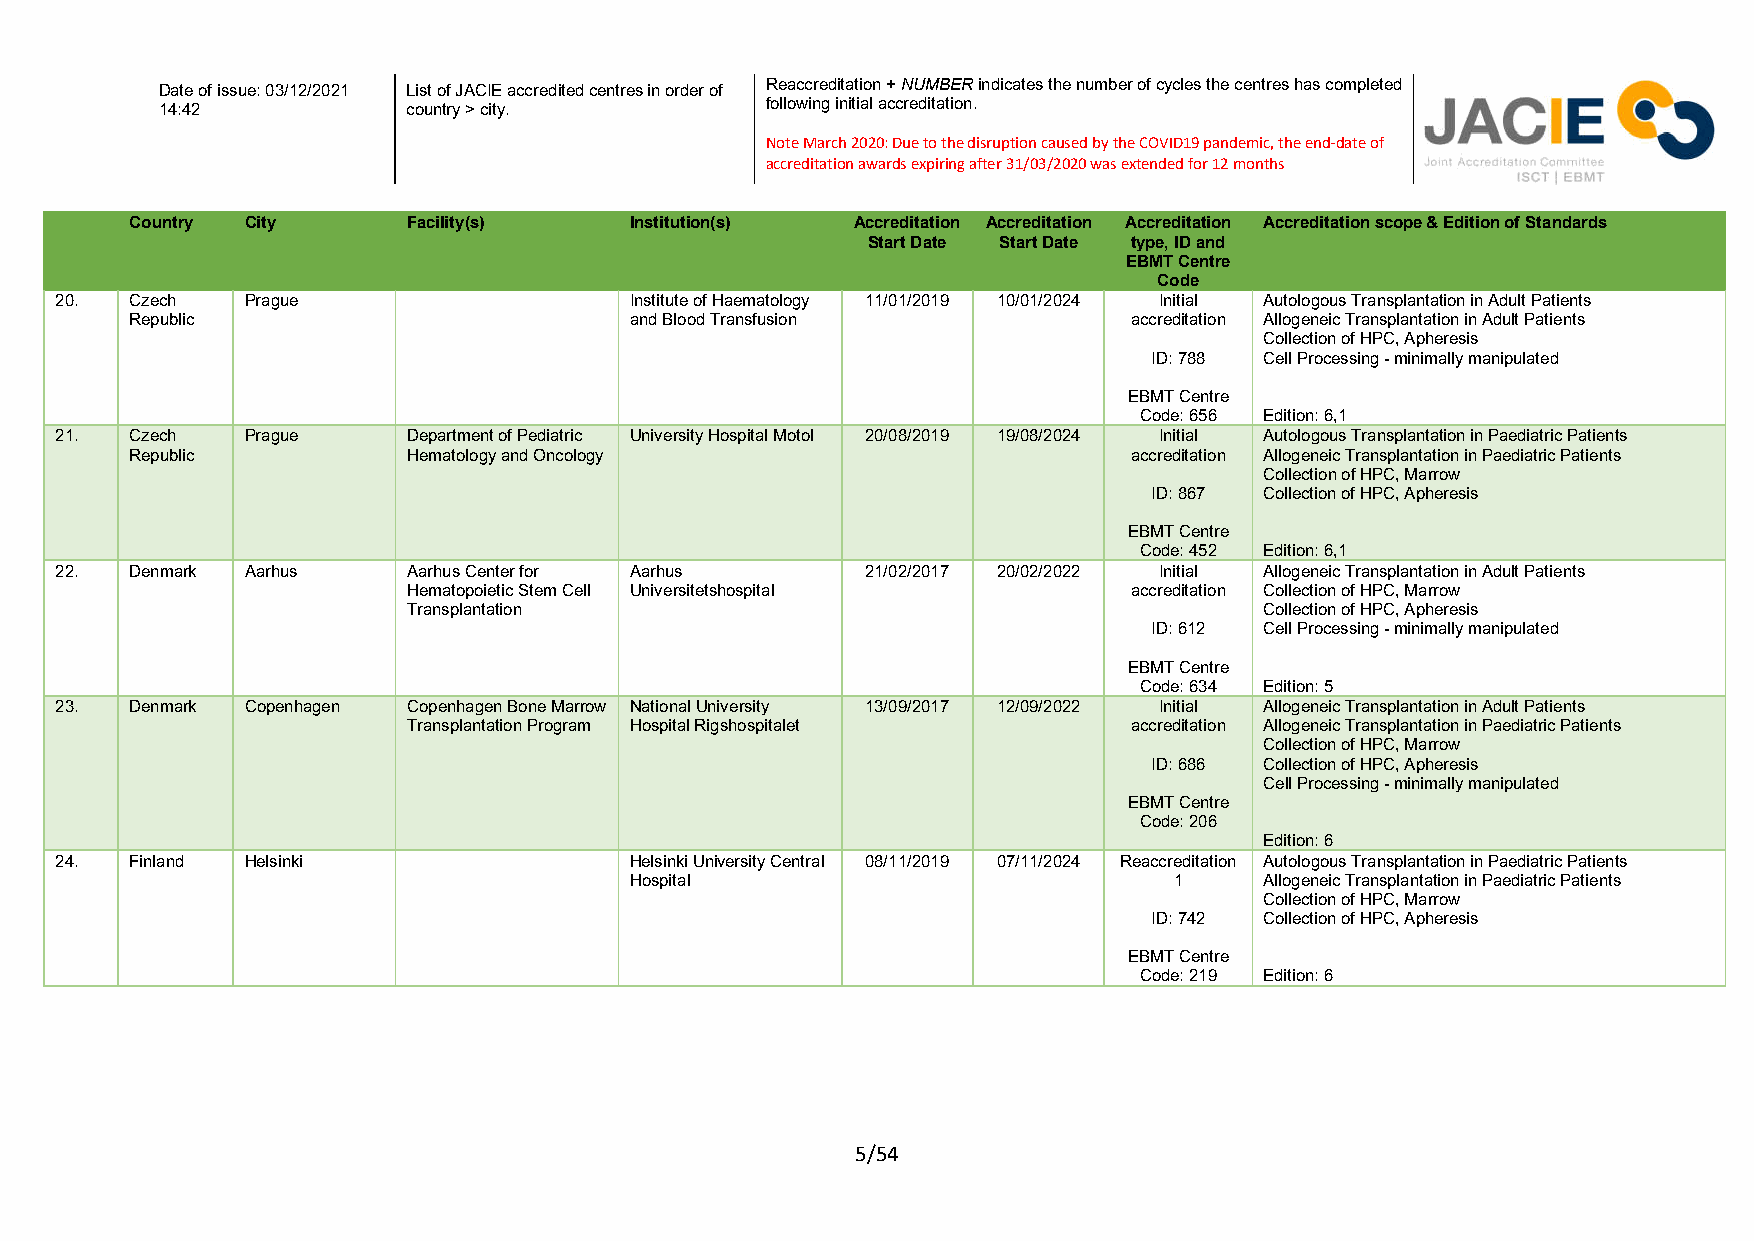
Reaccreditation + NUMBER indicates the number of cycles the centres has completed
 Date of issue: 03/12/2021 List of JACIE accredited centres in order of
 following initial accreditation.
 14:42           country > city.
 Note March 2020: Due to the disruption caused by the COVID19 pandemic, the end-date of
 accreditation awards expiring after 31/03/2020 was extended for 12 months
 Country City      Facility(s)    Institution(s) Accreditation Accreditation Accreditation Accreditation scope & Edition of Standards
 Start Date Start Date type, ID and
 EBMT Centre
 Code
 20.  Czech  Prague                    Institute of Haematology 11/01/2019 10/01/2024 Initial Autologous Transplantation in Adult Patients
 Republic                         and Blood Transfusion            accreditation Allogeneic Transplantation in Adult Patients
 Collection of HPC, Apheresis
 ID: 788 Cell Processing - minimally manipulated
 EBMT Centre
 Code: 656 Edition: 6,1
 21.  Czech  Prague     Department of Pediatric University Hospital Motol 20/08/2019 19/08/2024 Initial Autologous Transplantation in Paediatric Patients
 Republic          Hematology and Oncology                         accreditation Allogeneic Transplantation in Paediatric Patients
 Collection of HPC, Marrow
 ID: 867 Collection of HPC, Apheresis
 EBMT Centre
 Code: 452 Edition: 6,1
 22.  Denmark Aarhus    Aarhus Center for Aarhus      21/02/2017 20/02/2022 Initial Allogeneic Transplantation in Adult Patients
 Hematopoietic Stem Cell Universitetshospital    accreditation Collection of HPC, Marrow
 Transplantation                                          Collection of HPC, Apheresis
 ID: 612 Cell Processing - minimally manipulated
 EBMT Centre
 Code: 634 Edition: 5
 23.  Denmark Copenhagen Copenhagen Bone Marrow National University 13/09/2017 12/09/2022 Initial Allogeneic Transplantation in Adult Patients
 Transplantation Program Hospital Rigshospitalet accreditation Allogeneic Transplantation in Paediatric Patients
 Collection of HPC, Marrow
 ID: 686 Collection of HPC, Apheresis
 Cell Processing - minimally manipulated
 EBMT Centre
 Code: 206
 Edition: 6
 24.  Finland Helsinki                 Helsinki University Central 08/11/2019 07/11/2024 Reaccreditation Autologous Transplantation in Paediatric Patients
 Hospital                            1     Allogeneic Transplantation in Paediatric Patients
 Collection of HPC, Marrow
 ID: 742 Collection of HPC, Apheresis
 EBMT Centre
 Code: 219 Edition: 6
 5/54